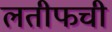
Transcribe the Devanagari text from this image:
लतीफची